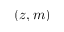
( z , m )